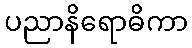
ပညာနိရောဓိကာ